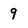
Character: 9